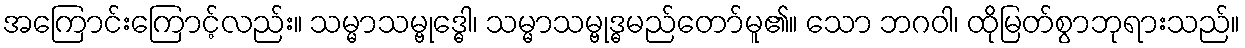
အကြောင်းကြောင့်လည်း။ သမ္မာသမ္ဗုဒ္ဓေါ၊ သမ္မာသမ္ဗုဒ္ဓမည်တော်မူ၏။ သော ဘဂဝါ၊ ထိုမြတ်စွာဘုရားသည်။